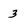
Character: 3